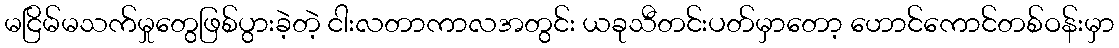
မငြိမ်မသက်မှုတွေဖြစ်ပွားခဲ့တဲ့ ငါးလတာကာလအတွင်း ယခုသီတင်းပတ်မှာတော့ ဟောင်ကောင်တစ်ဝန်းမှာ